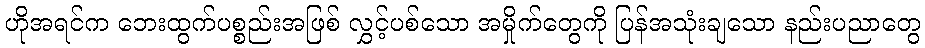
ဟိုအရင်က ဘေးထွက်ပစ္စည်းအဖြစ် လွှင့်ပစ်သော အမှိုက်တွေကို ပြန်အသုံးချသော နည်းပညာတွေ